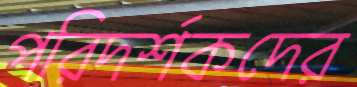
পরিদর্শকদের